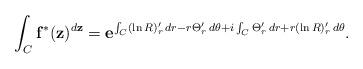
LaTeX: \begin{align*}\int _C\mathbf{f}^*(\mathbf{z})^{d\mathbf{z}}=\mathbf{e}^{\int _C(\ln R)'_r\,dr-r\Theta '_r\,d\theta +i\int _C\Theta '_r\,dr+r(\ln R)'_r\,d\theta }. \end{align*}